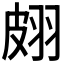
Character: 𦐢